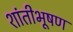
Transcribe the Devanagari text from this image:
शांतीभूषण